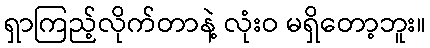
ရှာကြည့်လိုက်တာနဲ့ လုံးဝ မရှိတော့ဘူး။